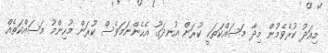
މިއަދު ކުރެވެމުން މިދާ މަސައްކަތަކީ ކުރަން އުނދަގޫ އެހެންނަމަވެސް ކުރަން މުހިންމު މަސައްކަތެއް